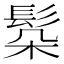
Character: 𩬻